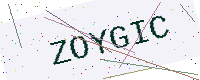
Text: ZOYGIC